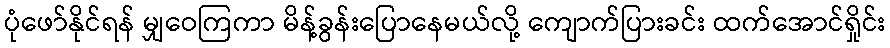
ပုံဖော်နိုင်ရန် မျှဝေကြကာ မိန့်ခွန်းပြောနေမယ်လို့ ကျောက်ပြားခင်း ထက်အောင်ရှိုင်း